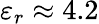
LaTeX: \varepsilon_{r}\approx 4.2